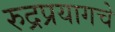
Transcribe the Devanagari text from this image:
रुद्रप्रयागचे